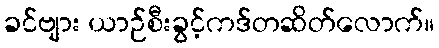
ခင်ဗျား ယာဉ်စီးခွင့်ကဒ်တဆိတ်လောက်။